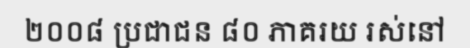
២០០៨ ប្រជាជន ៨០ ភាគរយ រស់នៅ